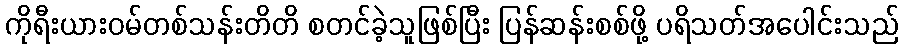
ကိုရီးယားဝမ်တစ်သန်းတိတိ စတင်ခဲ့သူဖြစ်ပြီး ပြန်ဆန်းစစ်ဖို့ ပရိသတ်အပေါင်းသည်